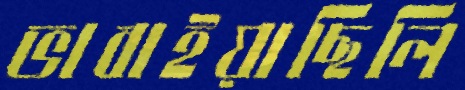
ভাবাইয়াছিলি